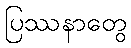
ပြဿနာတွေ